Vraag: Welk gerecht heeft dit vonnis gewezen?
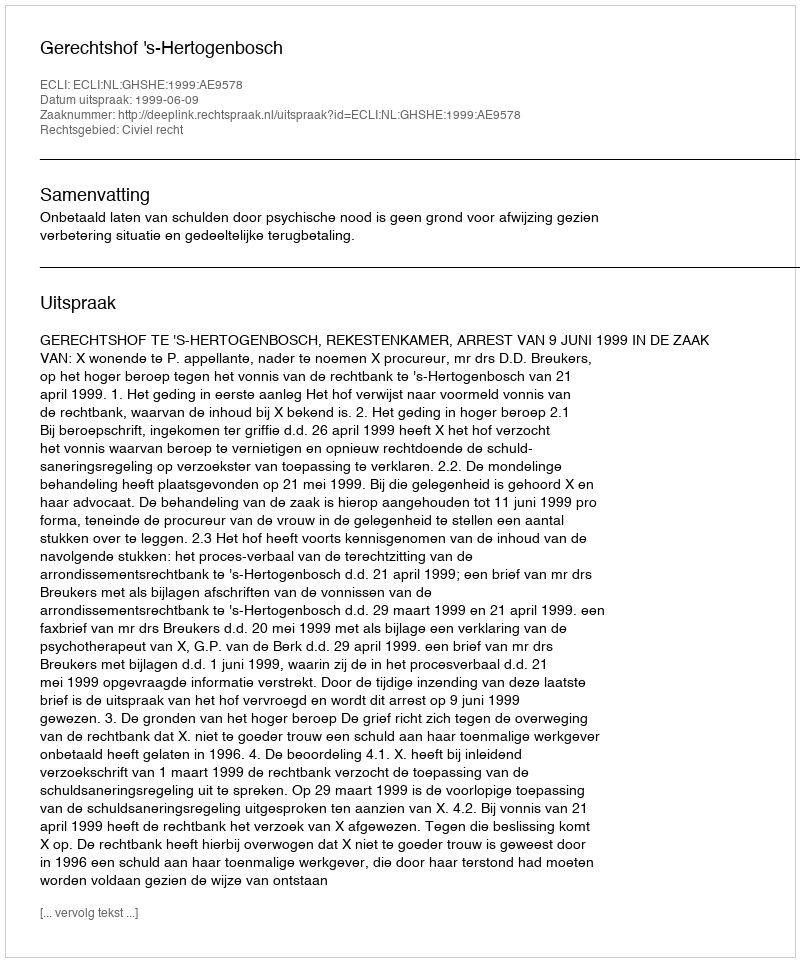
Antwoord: Gerechtshof 's-Hertogenbosch